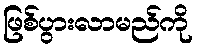
ဖြစ်ပွားလာမည်ကို